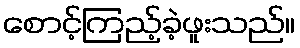
စောင့်ကြည့်ခဲ့ဖူးသည်။